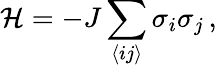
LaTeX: \mathcal{H}=-J\sum_{\langle ij\rangle}\sigma_{i}\sigma_{j}\, ,